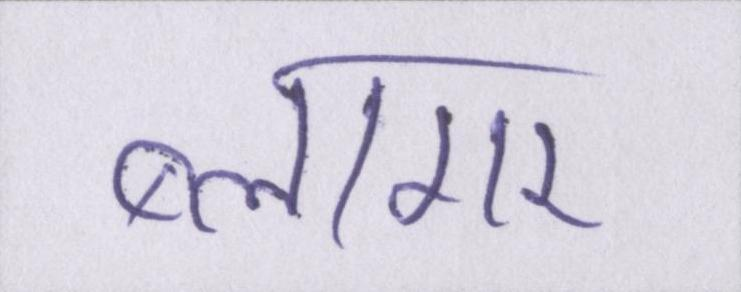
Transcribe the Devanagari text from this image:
ब्लागर